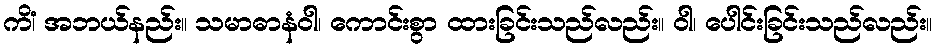
ကိံ၊ အဘယ်နည်း။ သမာဓာနံဝါ၊ ကောင်းစွာ ထားခြင်းသည်လည်း။ ဝါ၊ ပေါင်းခြင်းသည်လည်း။